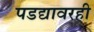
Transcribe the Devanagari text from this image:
पडद्यावरही